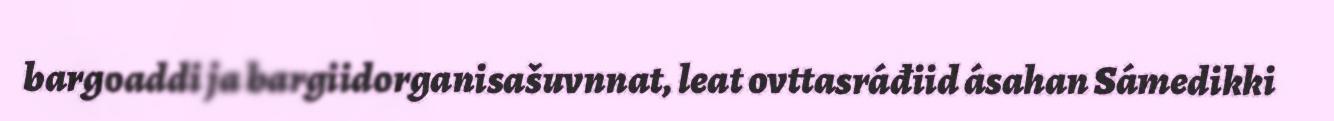
bargoaddi ja bargiidorganisašuvnnat, leat ovttasráđiid ásahan Sámedikki